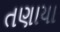
તણાયા